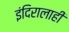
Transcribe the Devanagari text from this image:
इंदिरालाही